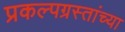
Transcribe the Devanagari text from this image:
प्रकल्पग्रस्तांच्या